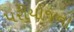
પરીયોજના